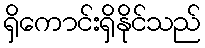
ရှိကောင်းရှိနိုင်သည်